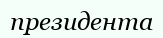
президента